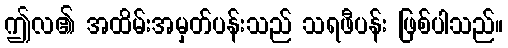
ဤလ၏ အထိမ်းအမှတ်ပန်းသည် သရဖီပန်း ဖြစ်ပါသည်။